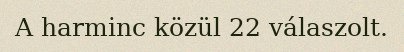
A harminc közül 22 válaszolt.